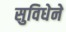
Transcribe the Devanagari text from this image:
सुविधेने